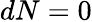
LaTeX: dN=0